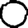
Digit: 0